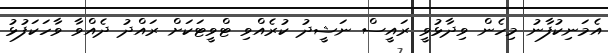
އެމަނިކުފާނު މިހެން ވިދާޅުވީ ރައީސް ނަޝީދު ކުރެއްވި ޓްވީޓަކަށް ރައްދު ދެއްވާ ވާހަކަފުޅު